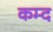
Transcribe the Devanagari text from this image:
कम्द